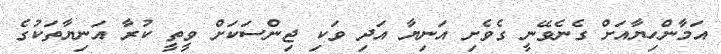
އަމާންހިޔާއަށް ގެނެވޭނީ ގެވެށި އަނިޔާ އަދި ވަކި ޖިންސަކަށް ވީތީ ކުރާ އަނިޔާތަކުގެ